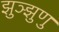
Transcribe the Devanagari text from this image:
झुञ्झुणु